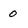
Character: o